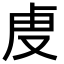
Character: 𮓚